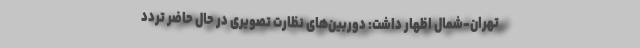
تهرا‌ن-شمال‌ اظهار داشت: ‌دوربین‌های نظارت تصویری در حال حاضر ‌تردد